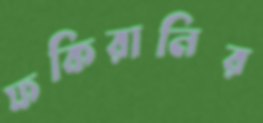
ফকিরানির